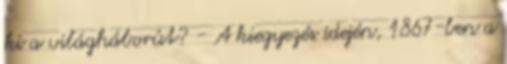
ki a világháborút? - A kiegyezés idején, 1867-ben a